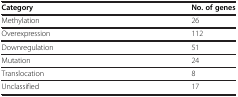
| Category | No. of genes |
 | --- | --- |
 | Methylation | 26 |
 | Overexpression | 112 |
 | Downregulation | 51 |
 | Mutation | 24 |
 | Translocation | 8 |
 | Unclassified | 17 |